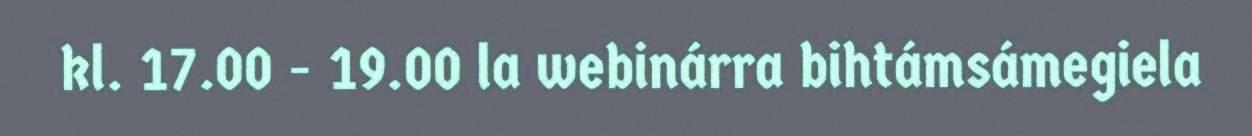
kl. 17.00 - 19.00 la webinárra bihtámsámegiela